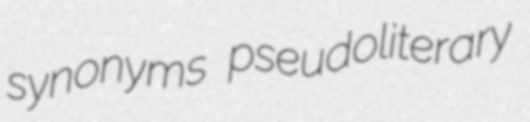
synonyms pseudoliterary